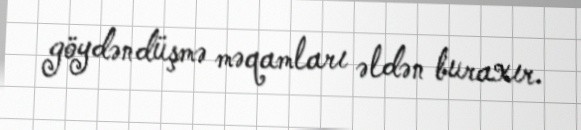
göydəndüşmə məqamları əldən buraxır.